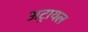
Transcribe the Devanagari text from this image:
अट्रायल